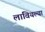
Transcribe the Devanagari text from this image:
लावियल्या